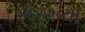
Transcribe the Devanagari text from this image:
१६७२च्या